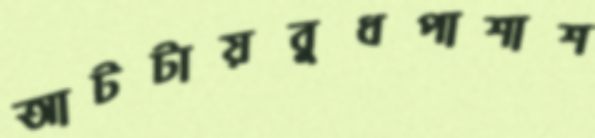
আটটায়বুধপাশাশ